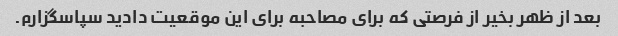
بعد از ظهر بخیر از فرصتی که برای مصاحبه برای این موقعیت دادید سپاسگزارم.